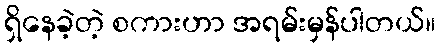
ရှိနေခဲ့တဲ့ စကားဟာ အရမ်းမှန်ပါတယ်။